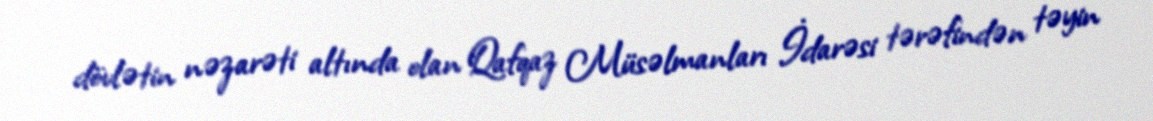
dövlətin nəzarəti altında olan Qafqaz Müsəlmanları İdarəsi tərəfindən təyin